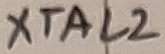
Text: XTAL2